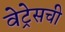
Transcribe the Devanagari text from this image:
वेट्रेसची